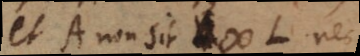
et A non sit # L, nec